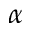
\alpha